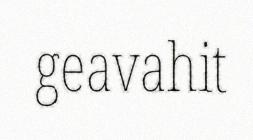
geavahit